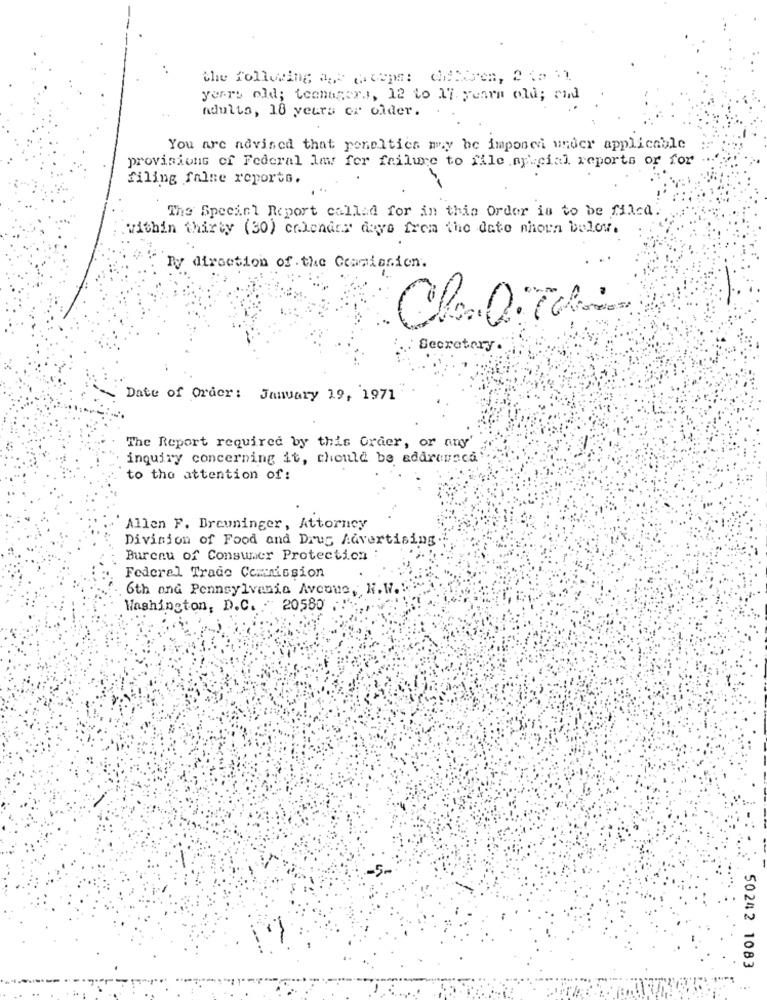
the following age aceps: diffisen, 2 te il
years old; teenagers, 12 to M7 years old; and
adulto, 18 yeura or older.
You are advised that poneltics my be imponen wrocr applicable
provisions of Federal law fer failure to file .ny cial reports or for
filing false reports.
The Special Report called for in this Order is to be filca.
within thirty (30) calendar days from the date shown below.
By direction of . the Ccaniesien.
Secretary.
Date of Order: January 19, 1971
The Report required by this Order, or any'
inquiry concerning it, chould be adarcusca
to the attention of:
Allen F. Breuninger, Attorney
Division of Food and Drug Advertising.
Bureau of Consumer Protection
Federal Trade Commission
6th and Pennsylvania Avenue, H.W .:
Washington, D.C. 20580
50242 1083